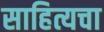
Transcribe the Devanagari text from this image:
साहित्यचा